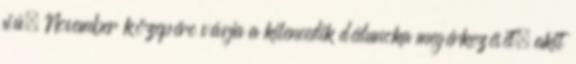
fiú. November közepére várja a kilencedik dédunoka megérkezését, akit